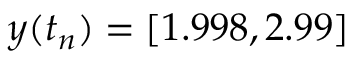
y ( t _ { n } ) = [ 1 . 9 9 8 , 2 . 9 9 ]